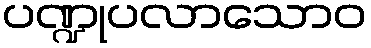
ပဏ္ဍုပလာသောဝ